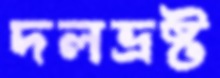
দলভ্রষ্ট